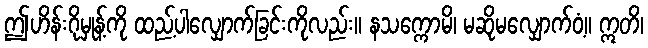
ဤဟိန်းဂိုမှုန့်ကို ထည့်ပါလျှောက်ခြင်းကိုလည်း။ နသက္ကောမိ၊ မဆိုမလျှောက်ဝံ့။ ဣတိ၊